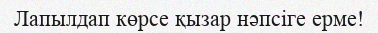
Лапылдап көрсе қызар нәпсіге ерме!